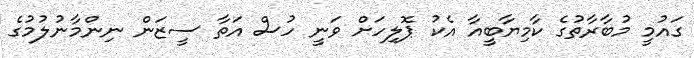
ގައުމީ މުބާރާތުގެ ކާމިޔާބީއާ އެކު ޕޮލިހަށް ވަނީ ހުސް އަތާ ސީޒަން ނިންމާނުލުމުގެ